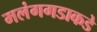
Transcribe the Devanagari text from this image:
मलंगगडाकडे